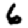
Digit: 6